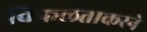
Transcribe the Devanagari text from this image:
विफलताकरने